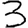
Digit: 3